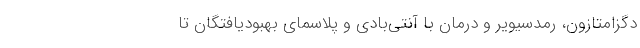
دگزامتازون، رمدسیویر و درمان با آنتی‌بادی و پلاسمای بهبودیافتگان تا